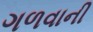
ગળવાની